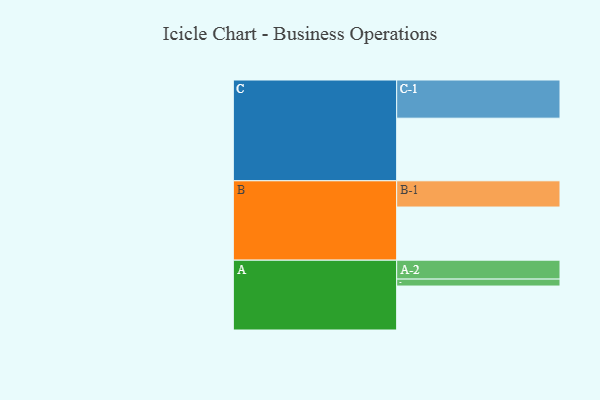
{"axis": {"x": "Segment", "y": "Value"}, "legend": ["", "A", "B", "C"], "data": [{"x": "A", "y": 335, "type": ""}, {"x": "B", "y": 405, "type": ""}, {"x": "C", "y": 477, "type": ""}, {"x": "A-1", "y": 53, "type": "A"}, {"x": "A-2", "y": 144, "type": "A"}, {"x": "B-1", "y": 200, "type": "B"}, {"x": "C-1", "y": 291, "type": "C"}]}